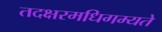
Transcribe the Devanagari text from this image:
तदक्षरमधिगम्यते